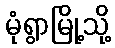
မုံရွာမြို့သို့